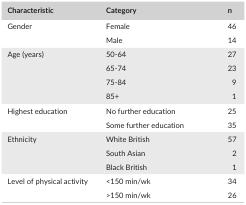
<table><thead><tr><td><b>Characteristic</b></td><td><b>Category</b></td><td><b>n</b></td></tr></thead><tbody><tr><td rowspan="2">Gender</td><td>Female</td><td>46</td></tr><tr><td>Male</td><td>14</td></tr><tr><td rowspan="4">Age (years)</td><td>50‐64</td><td>27</td></tr><tr><td>65‐74</td><td>23</td></tr><tr><td>75‐84</td><td>9</td></tr><tr><td>85+</td><td>1</td></tr><tr><td rowspan="2">Highest education</td><td>No further education</td><td>25</td></tr><tr><td>Some further education</td><td>35</td></tr><tr><td rowspan="3">Ethnicity</td><td>White British</td><td>57</td></tr><tr><td>South Asian</td><td>2</td></tr><tr><td>Black British</td><td>1</td></tr><tr><td rowspan="2">Level of physical activity</td><td>&lt;150 min/wk</td><td>34</td></tr><tr><td>&gt;150 min/wk</td><td>26</td></tr></tbody></table>